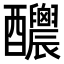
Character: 𨤉